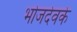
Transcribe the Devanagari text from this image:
भोजदेवके